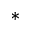
^ { * }